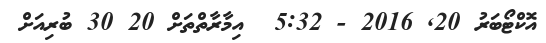
އޮކްޓޯބަރު 20